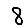
Digit: 8